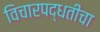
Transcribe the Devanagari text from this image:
विचारपद्धतीचा